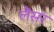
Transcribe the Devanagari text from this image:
लैसर